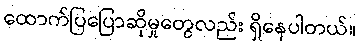
ထောက်ပြပြောဆိုမှုတွေလည်း ရှိနေပါတယ်။